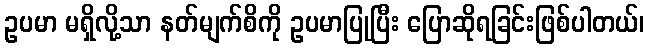
ဥပမာ မရှိလို့သာ နတ်မျက်စိကို ဥပမာပြုပြီး ပြောဆိုရခြင်းဖြစ်ပါတယ်၊